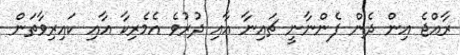
ރާއްޖެ އިން ދެން ފެންނާނީ ޗައިނާ އާއި ދުރުވެ އެމެރިކާ އާއި ކައިރިވާތަން